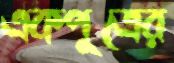
একপুত্রের